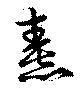
熹